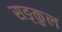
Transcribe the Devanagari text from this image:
सङ्कुल